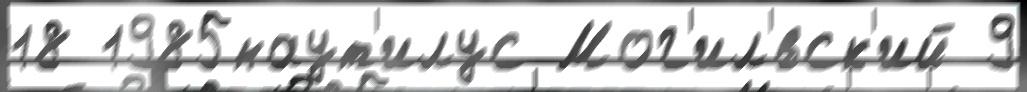
18 1985наут'илус Мог'ил'́вск'ий 9